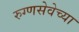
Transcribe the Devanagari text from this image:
रुग्णसेवेच्या